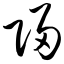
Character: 归